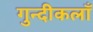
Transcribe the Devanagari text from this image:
गुन्दीकलाँ